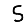
Digit: 5